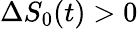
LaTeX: \Delta S_{0}(t)>0